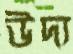
উদ্য